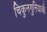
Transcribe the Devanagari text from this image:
चिकुनगुनियाची